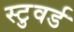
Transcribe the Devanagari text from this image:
स्टुवर्ड